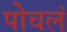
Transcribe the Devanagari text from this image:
पोचलं